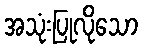
အသုံးပြုလိုသော